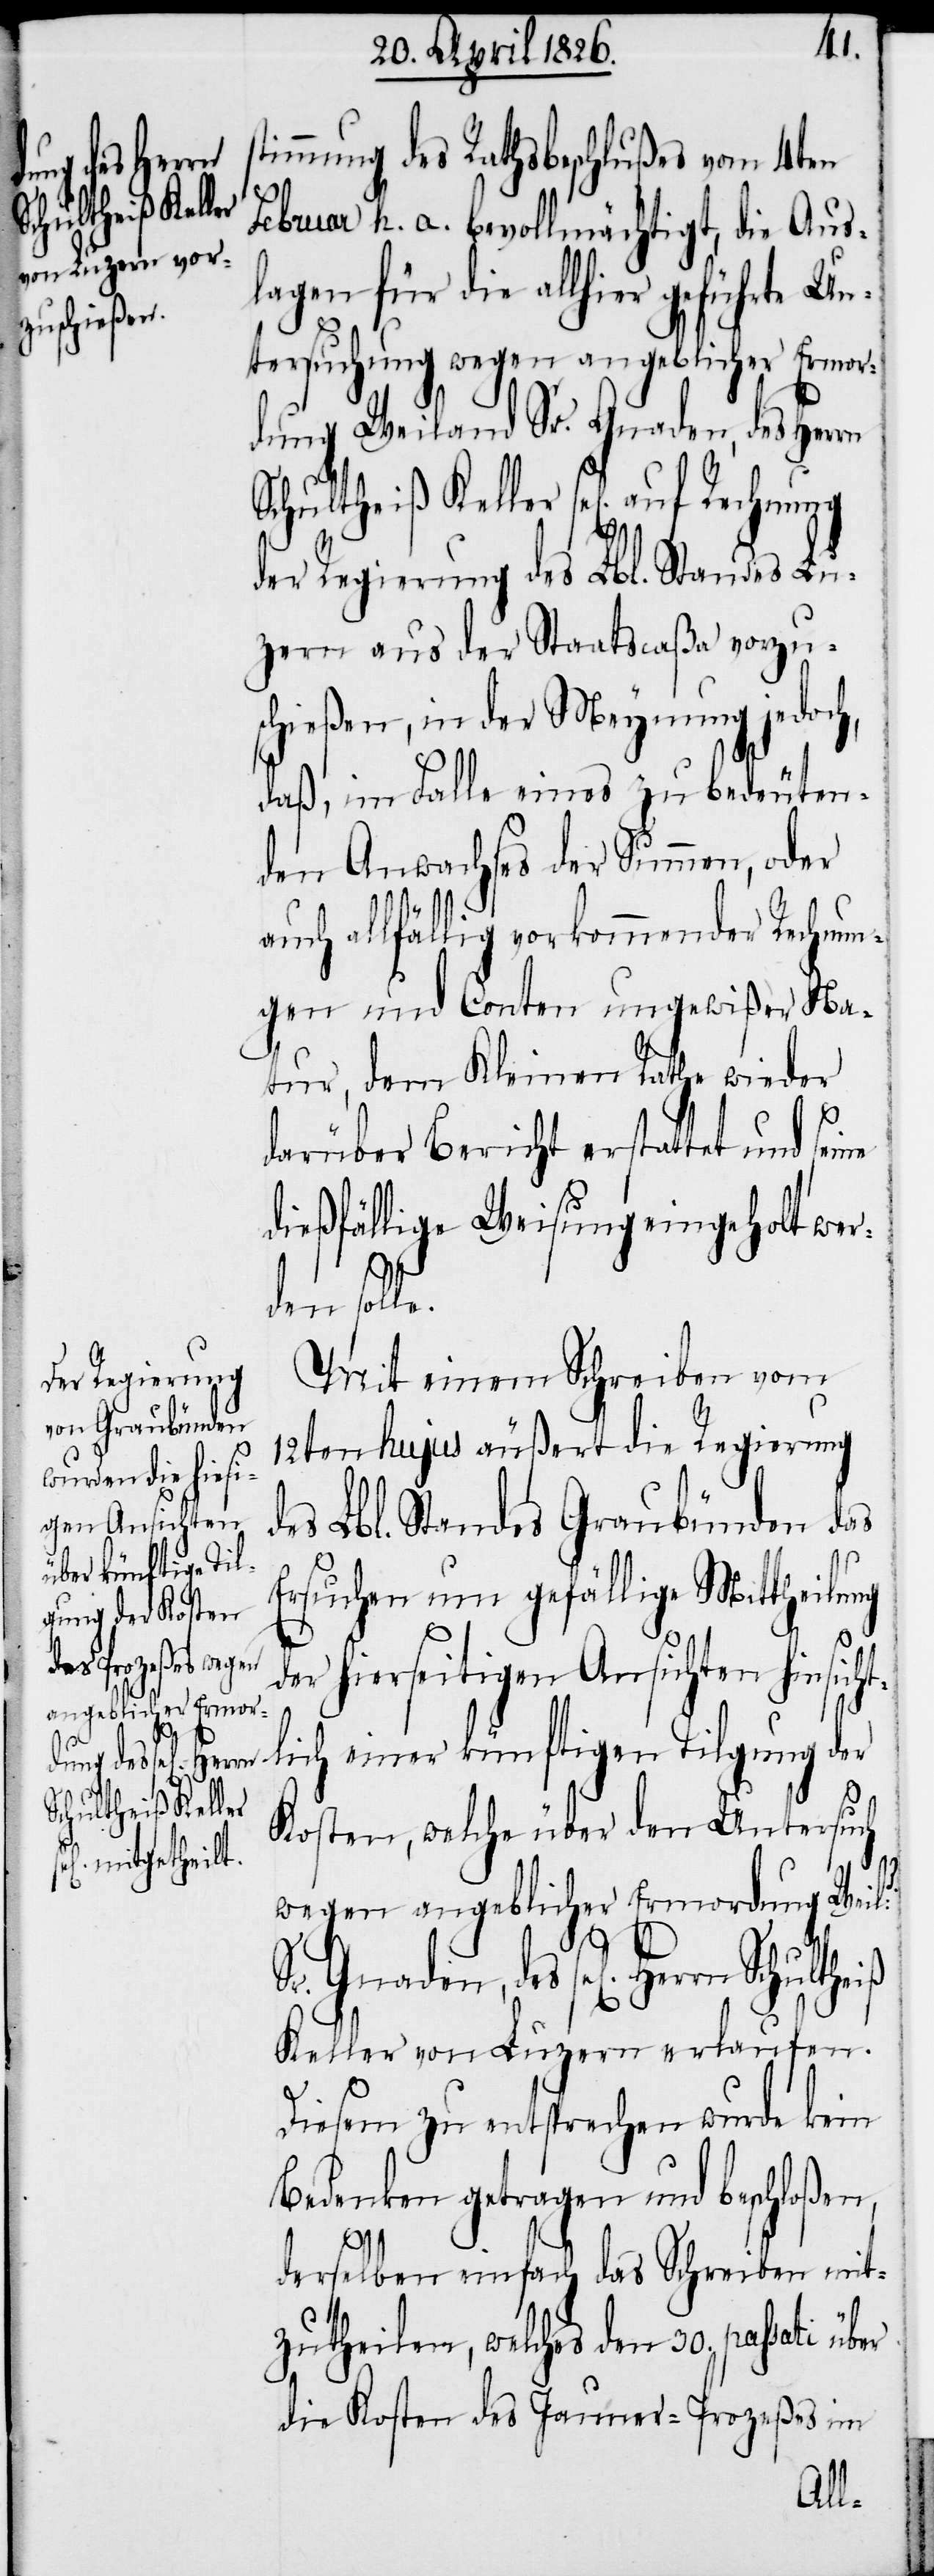
Schultheiß
auf Rechnung
d¬

immung des Rathsbeschlußes vom 4ten
Februar k. a. bevollmächtigt, die Aus¬
lagen für die allhier geführte Un¬
tersuchung wegen angeblicher Ermor¬
dung Weiland Sr. Gnaden, des Her¬
der Regierung des Lbl. Standes Lu¬
zern aus der Staatscaßa vorzu¬
schießen, in der Meynung jedoc¬
daß, im Falle eines zu bedeuten¬
den Anwachses der Summen, oder
uch allfällig vorkommender Rechnun¬
gen und Conten ungewißer Na¬
tur, dem Kleinen Rathe wieder
darüber Bericht erstattet und seine
dießfällige Weisung eingeholt wer¬
den sol¬
Mit einem Schreiben vom
12ten hujus äußert die Regierung
des Lbl. Standes Graubünden das
Ersuchen um gefällige Mittheilung
er hierseitigen Ansichten hinsich¬
lich einer künftigen Tilgung der
Kosten, welche über den Untersuch
n]d
wegen angeblicher Ermordung Wei¬
Sr. Gnaden, des sel[igen] Herrn
Keller von Luzern erlaufen.
Diesem zu entsprechen wurde kein
Bedenken getragen und beschloßen,
derselben einfach das schreiben mit¬
zutheilen, welches den 30. passati über
die Kosten des Januar-Prozeßes im
l[a¬